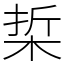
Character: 梊